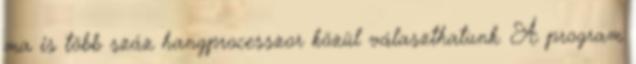
ma is több száz hangprocesszor közül választhatunk. A program